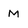
Character: M